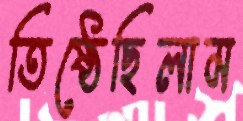
তিষ্ঠেছিলাম